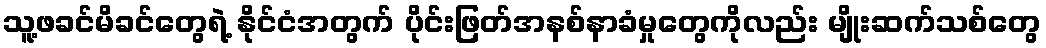
သူ့ဖခင်မိခင်တွေရဲ့ နိုင်ငံအတွက် ပိုင်းဖြတ်အနစ်နာခံမှုတွေကိုလည်း မျိုးဆက်သစ်တွေ